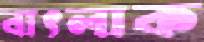
বাৎলাক